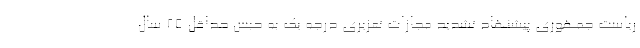
ریاست جمهوری پیشنهاد تشدید مجازات تعزیری درجه یک به حبس حداقل ۲۵ سال